Kallis,_Oskar, lk 4
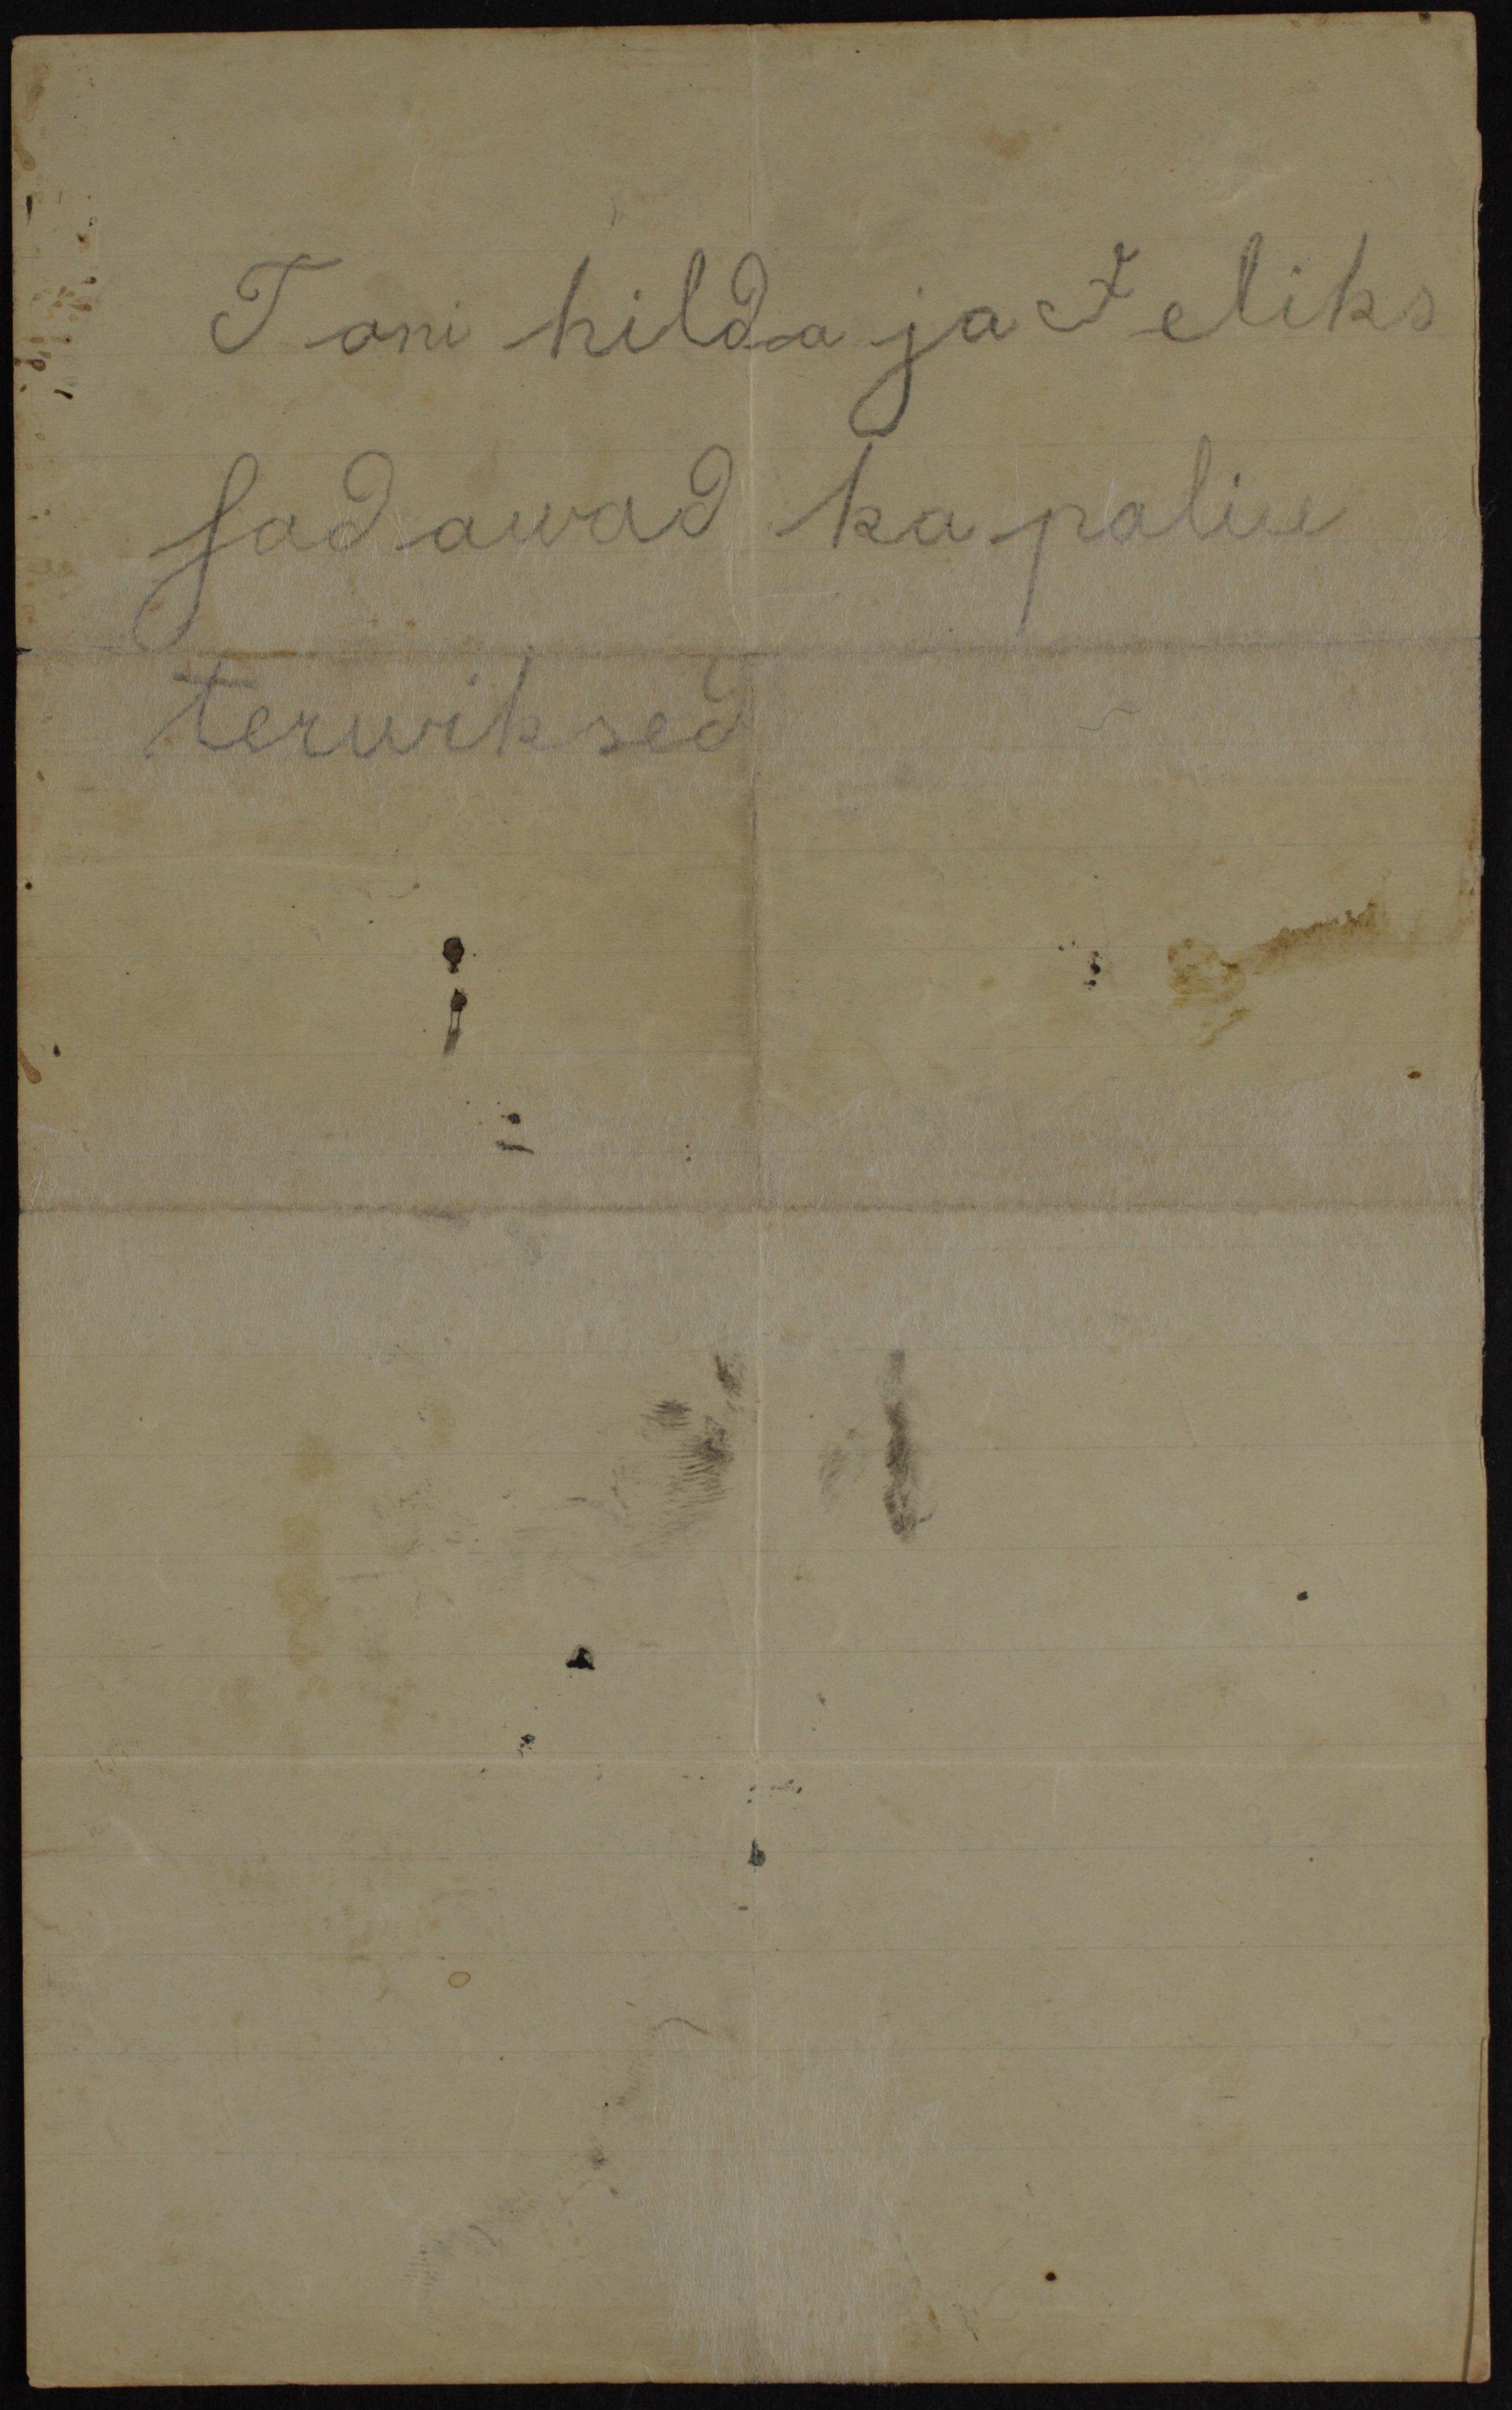
Tani hilda ja Feliks
sadawad ka paliu
terwiksed